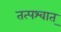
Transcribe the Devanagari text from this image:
तत्‍पश्‍वात्